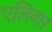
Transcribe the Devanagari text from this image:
एलिनार